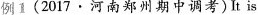
例1(2017 · 河南郑州期中调考)It is